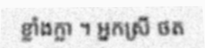
ខ្លាំងក្លា ។ អ្នកស្រី ថត